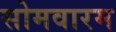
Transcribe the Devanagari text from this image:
सोमवारम